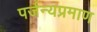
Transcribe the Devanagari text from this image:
पर्जन्यप्रमाण